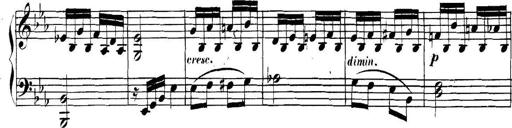
Title: Collected Piano Sonatas
Composer: Muzio Clementi